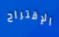
الإقتراح